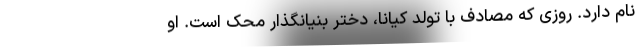
نام دارد. روزی که مصادف با تولد کیانا، دختر بنیانگذار محک است. او